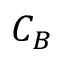
C _ { B }